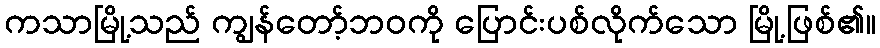
ကသာမြို့သည် ကျွန်တော့်ဘဝကို ပြောင်းပစ်လိုက်သော မြို့ဖြစ်၏။